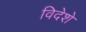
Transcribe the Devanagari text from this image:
विदेशे